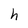
Character: h